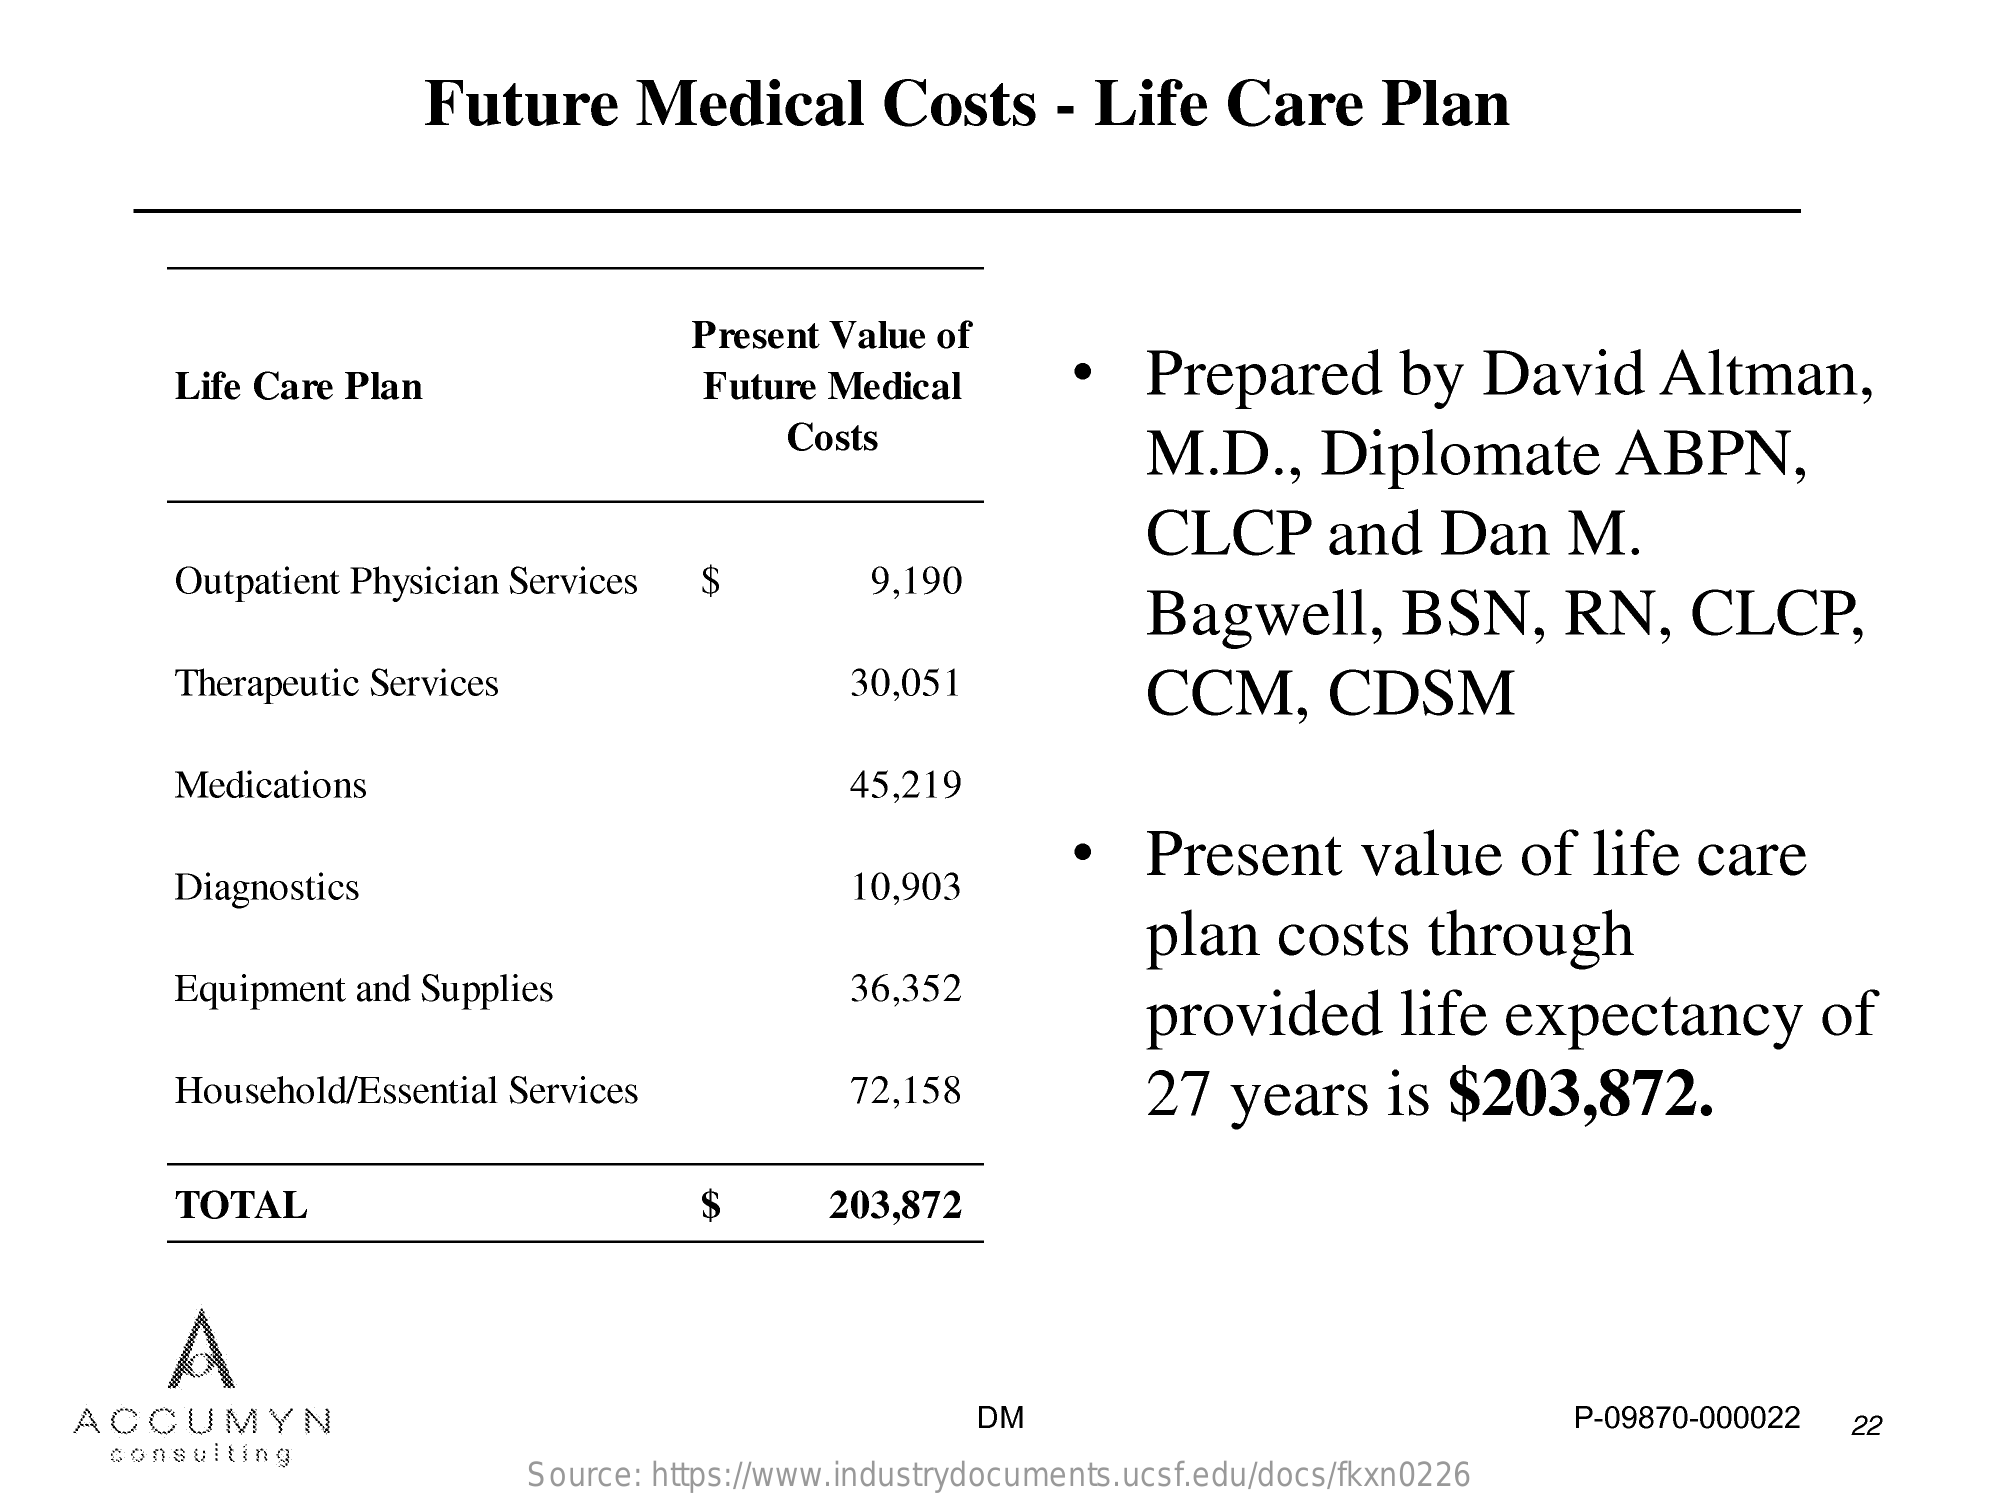
Future    Medical    Costs    - Life    Care    Plan
     Present Value  of
     Life Care  Plan    Future  Medical    ·   Prepared    by  David    Altman,
     Costs
     M.D    ., Diplomate    ABPN,
     CLCP    and    Dan    M.
     Outpatient Physician Services    $    9,190
     Bagwell,    BSN,    RN,    CLCP,
     Therapeutic Services    30,051    CCM,    CDSM
     Medications    45,219
     Diagnostics
     Present    value    of  life   care
     10,903
     plan    costs    through
     Equipment  and  Supplies    36,352
     provided    life   expectancy    of
     Household/Essential  Services    72,158    27   years    is  $203,872.
     TOTAL    $    203,872
     A
     ACCUMYN    DM    P-09870-000022   22
     consulting
     Source: https://www.industrydocuments.ucsf.edu/docs/fkxn0226